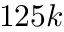
1 2 5 k